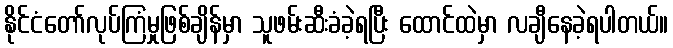
နိုင်ငံတော်လုပ်ကြံမှုဖြစ်ချိန်မှာ သူဖမ်းဆီးခံခဲ့ရပြီး ထောင်ထဲမှာ လချီနေခဲ့ရပါတယ်။